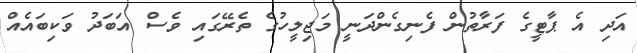
އަދި އެ ޕާޓީގެ ފަރާތުން ފެނިގެންދަނީ މަޖިލީހުގެ ތެރޭގައި ވެސް އަބަދު ވަކިބައެއް